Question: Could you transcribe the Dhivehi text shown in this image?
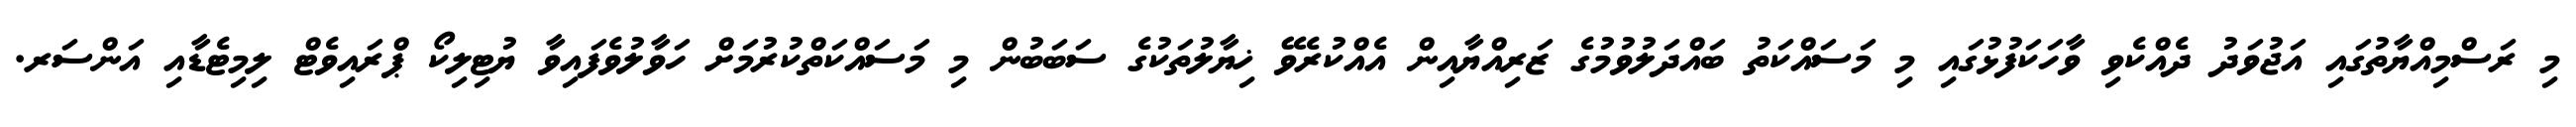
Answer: މި ރަސްމިއްޔާތުގައި އަޖުވަދު ދެއްކެވި ވާހަކަފުޅުގައި މި މަސައްކަތު ބައްދަލުވުމުގެ ޒަރިއްޔާއިން އެއްކުރެވޭ ޚިޔާލުތަކުގެ ސަބަބުން މި މަސައްކަތްކުރުމަށް ހަވާލުވެފައިވާ ޔުޓިލިކޯ ޕްރައިވެޓް ލިމިޓެޑާއި އަންސަރ.